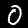
Digit: 0